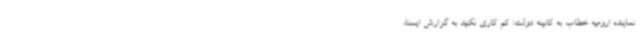
نماینده ارومیه خطاب به کابینه دولت: کم کاری نکنید به گزارش ایسنا،